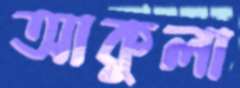
আকুলা